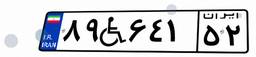
۵۶W۵۰۰۷۴